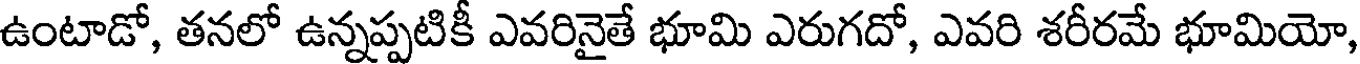
ఉంటాడో, తనలో ఉన్నప్పటికీ ఎవరినైతే భూమి ఎరుగదో, ఎవరి శరీరమే భూమియో,